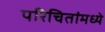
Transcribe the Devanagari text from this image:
परिचितांमध्ये